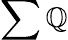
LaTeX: \sum{\mathbb{Q}}